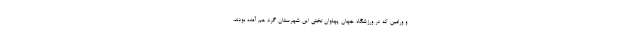
و ورامین که در ورزشگاه جهان پهلوان تختی این شهرستان گرد هم آمده بودند،